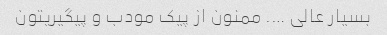
بسیار عالی …. ممنون از پیک مودب و پیگیریتون